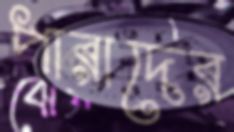
পারাদের